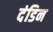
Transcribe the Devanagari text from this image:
दंडिन